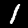
Digit: 1